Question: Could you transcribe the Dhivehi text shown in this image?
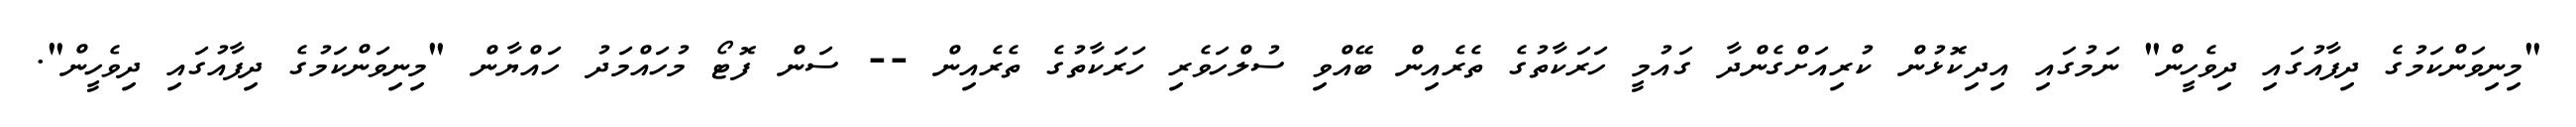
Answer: "މިނިވަންކަމުގެ ދިފާއުގައި ދިވެހީން" ނަމުގައި އިދިކޮޅުން ކުރިއަށްގެންދާ ގައުމީ ހަރަކާތުގެ ތެރެއިން ބޭއްވި ސުލްހަވެރި ހަރަކާތުގެ ތެރެއިން -- ސަން ފޮޓޯ މުހައްމަދު ހައްޔާން "މިނިވަންކަމުގެ ދިފާއުގައި ދިވެހީން".